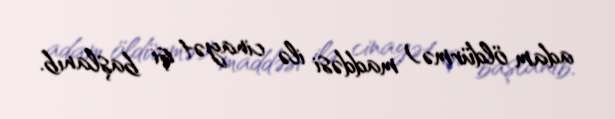
adam öldürmə) maddəsi ilə cinayət işi başlanıb.